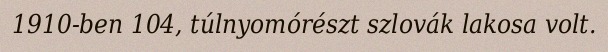
1910-ben 104, túlnyomórészt szlovák lakosa volt.